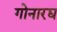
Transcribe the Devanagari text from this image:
गोनारद्य